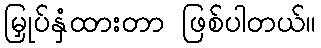
မြှုပ်နှံထားတာ ဖြစ်ပါတယ်။